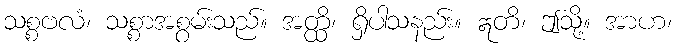
သစ္စဗလံ၊ သစ္စာအစွမ်းသည်။ အတ္ထိ၊ ရှိပါသနည်း။ ဣတိ၊ ဤသို့။ အာဟ၊